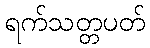
ရက်သတ္တပတ်